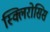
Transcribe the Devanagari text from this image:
स्क्लिरोसिस